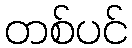
တစ်ပင်